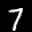
Label: 7